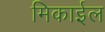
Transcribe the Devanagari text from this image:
मिकाईल